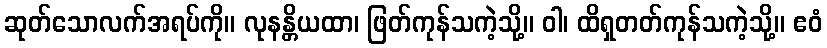
ဆုတ်သောလက်အရပ်ကို။ လုနန္တိယထာ၊ ဖြတ်ကုန်သကဲ့သို့။ ဝါ၊ ထိရှတတ်ကုန်သကဲ့သို့။ ဧဝံ